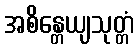
အစိန္တေယျသုတ္တံ